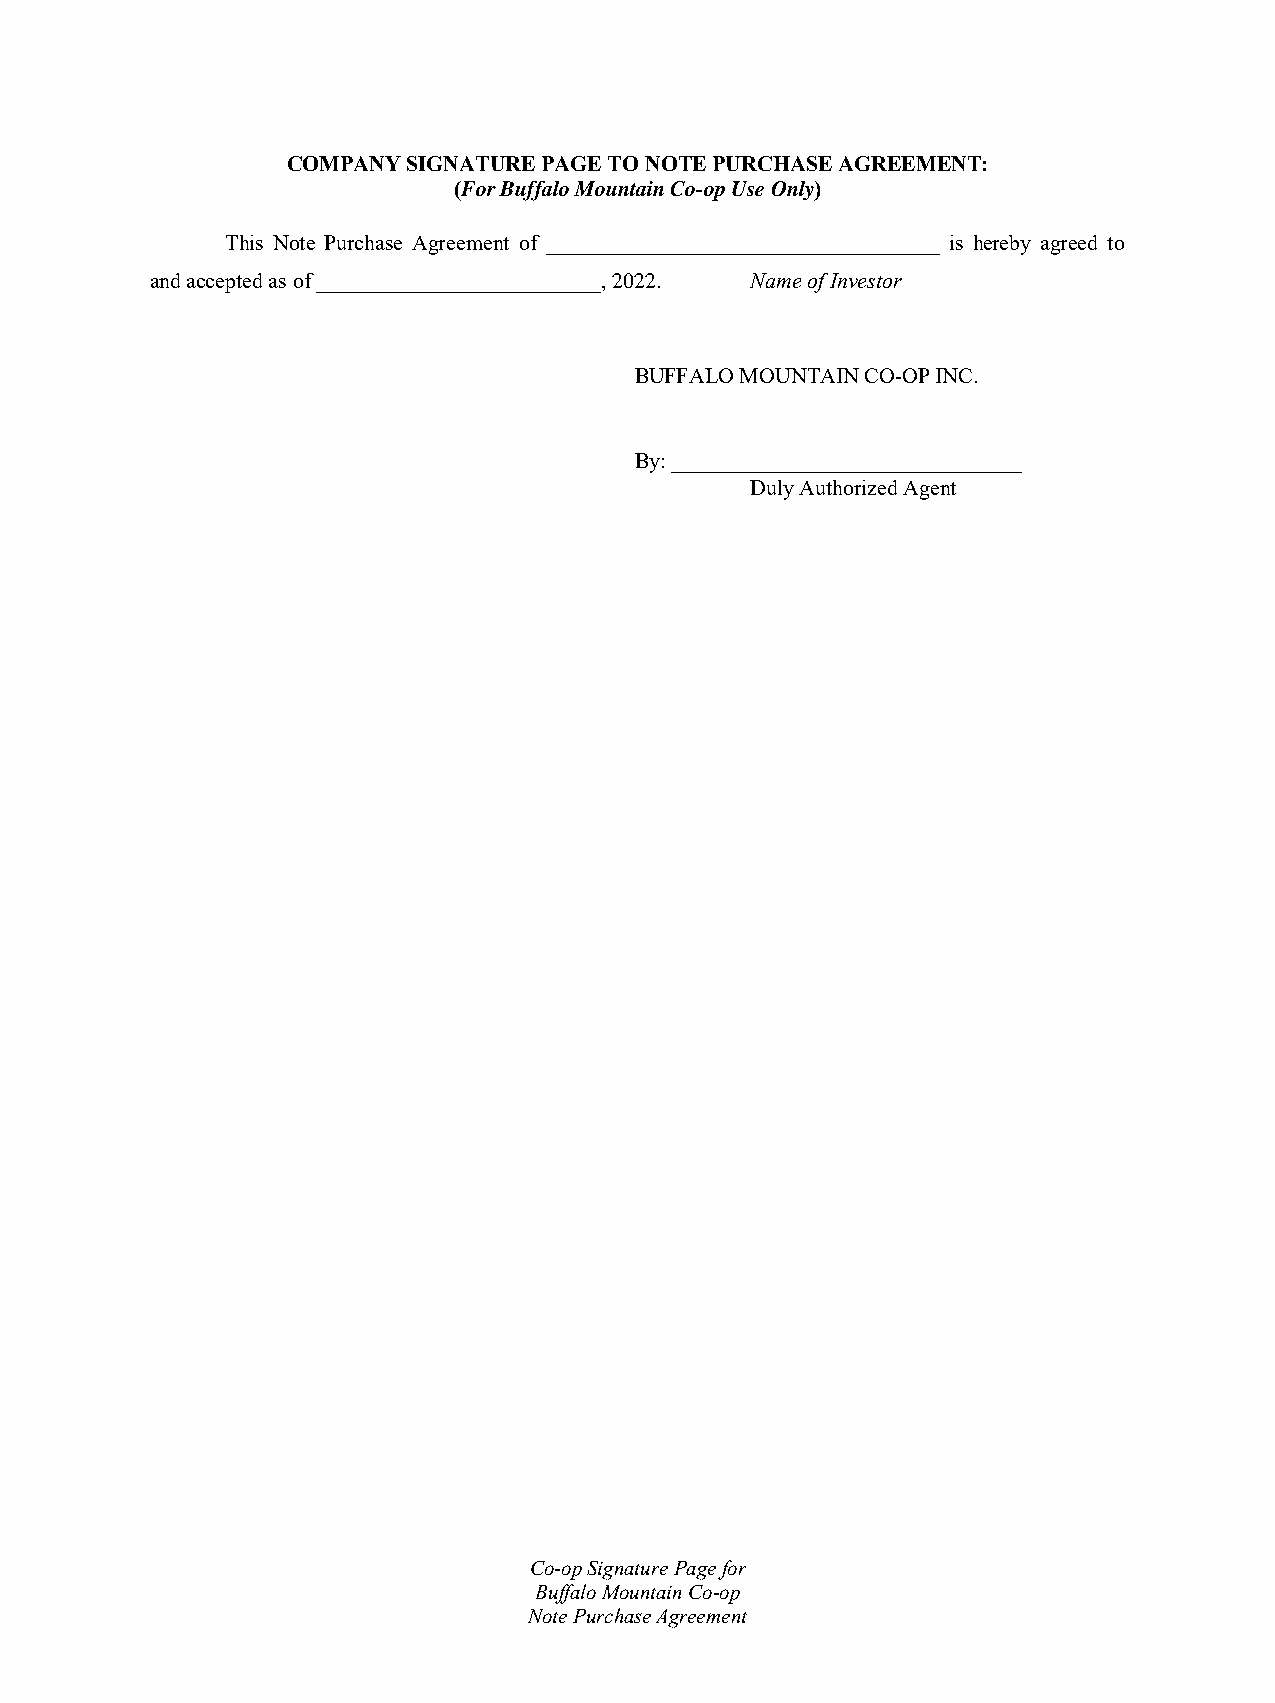
COMPANY SIGNATURE PAGE TO NOTE PURCHASE AGREEMENT:
 (For Buffalo Mountain Co-op Use Only)
 This Note Purchase Agreement of ____________________________________ is hereby agreed to
 and accepted as of __________________________, 2022. Name of Investor
 BUFFALO MOUNTAIN CO-OP INC.
 By: ________________________________
 Duly Authorized Agent
 Co-op Signature Page for
 Buffalo Mountain Co-op
 Note Purchase Agreement